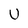
Character: U